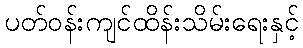
ပတ်ဝန်းကျင်ထိန်းသိမ်းရေးနှင့်